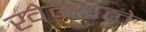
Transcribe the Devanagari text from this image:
खेळवेले